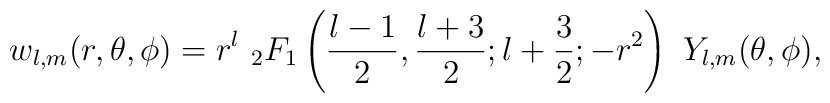
w_{l,m}(r,\theta,\phi) = r^l\ _2F_1\left({l-1\over 2},{l+3\over 2};l+{3\over 2}; -r^2\right)\ Y_{l,m}(\theta,\phi),